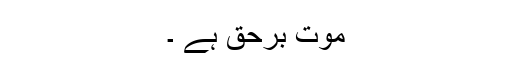
موت برحق ہے ۔